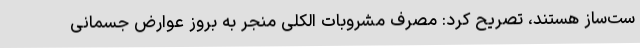
ست‌ساز هستند، تصریح کرد: مصرف مشروبات الکلی منجر به بروز عوارض جسمانی